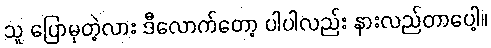
သူ ပြောမှတဲ့လား ဒီလောက်တော့ ပါပါလည်း နားလည်တာပေါ့။